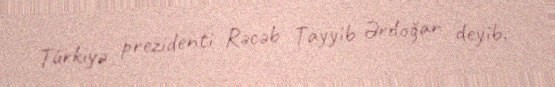
Türkiyə prezidenti Rəcəb Tayyib Ərdoğan deyib.